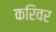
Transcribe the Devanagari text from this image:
करिवर